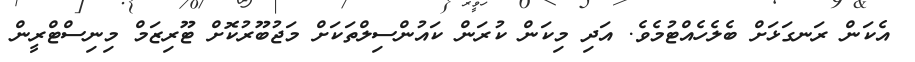
އެކަން ރަނގަޅަށް ބެލެހެއްޓުމެވެ. އަދި މިކަން ކުރަން ކައުންސިލްތަކަށް މަޖުބޫރުކޮށް ޓޫރިޒަމް މިނިސްޓްރީން